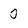
Character: 0